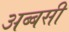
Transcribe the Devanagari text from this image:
अब्बसी